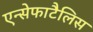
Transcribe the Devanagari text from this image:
एन्सेफाटैलिस